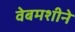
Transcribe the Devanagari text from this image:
वेबमशीने